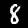
Label: 8